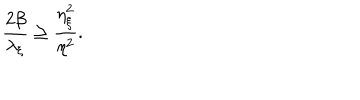
\frac { 2 \beta } { \lambda _ { \xi } } \geq \frac { \eta _ { \xi } ^ { 2 } } { \eta ^ { 2 } } .